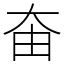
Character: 𡘊